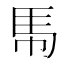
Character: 𮩵